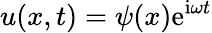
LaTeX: u(x,t)=\psi(x)\mathrm{e}^{\mathrm{i}\omega t}